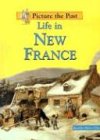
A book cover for Life in New France (Picture the Past); Jennifer Blizin Gillis; Children's Books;